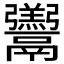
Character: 𩱧